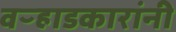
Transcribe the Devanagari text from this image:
वऱ्हाडकारांनी